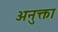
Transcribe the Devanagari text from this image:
अनुक्ता